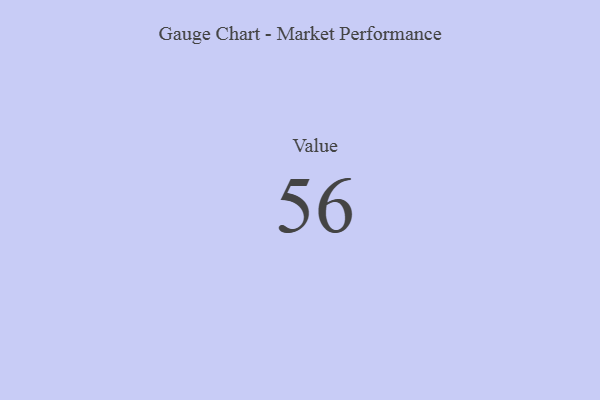
{"axis": {"x": "Metric", "y": "Value"}, "legend": [""], "data": [{"x": "Value", "y": 56, "type": ""}]}